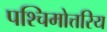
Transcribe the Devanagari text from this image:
पश्चिमोत्तरिय